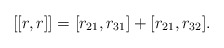
\begin{align*}[[r,r]]=[r_{21},r_{31}]+[r_{21},r_{32}].\end{align*}